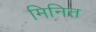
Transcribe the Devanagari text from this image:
मिनित